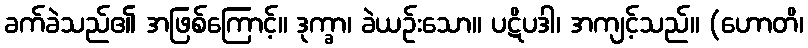
ခက်ခဲသည်၏ အဖြစ်ကြောင့်။ ဒုက္ခာ၊ ခဲယဉ်းသော။ ပဋိပဒါ၊ အကျင့်သည်။ (ဟောတိ၊